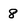
Character: 8